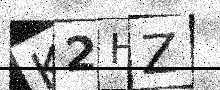
Text: K2HZ